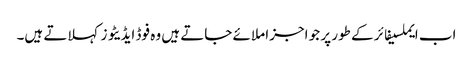
اب ایملسیفائر کے طور پر جو اجزا ملائے جاتے ہیں وہ فوڈ ایڈیٹو زکہلاتے ہیں۔